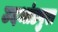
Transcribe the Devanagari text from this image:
उदभांडपुरा